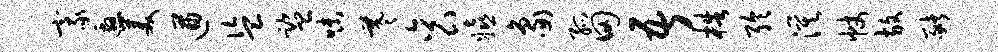
豪邀美遒盗监味羲衮嬉象孤田吾梏聆漠帐放猪